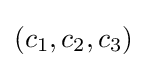
(c_{1},c_{2},c_{3})